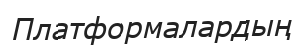
Платформалардың